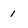
Character: 1